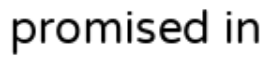
promised in